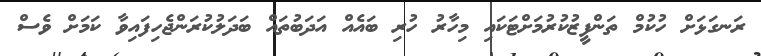
ރަނގަޅަށް ހުކުމް ތަންފީޒުކުރުމަށްޓަކައި މިހާރު ހުރި ބައެއް އަދަބުތައް ބަދަލުކުރަންޖެހިފައިވާ ކަމަށް ވެސް